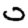
Digit: 0